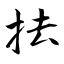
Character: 抾